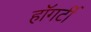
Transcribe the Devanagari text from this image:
हॉगर्टी